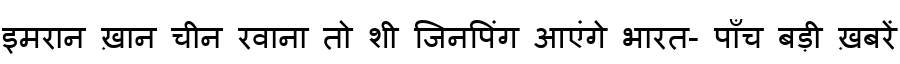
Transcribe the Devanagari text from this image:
इमरान ख़ान चीन रवाना तो शी जिनपिंग आएंगे भारत- पाँच बड़ी ख़बरें